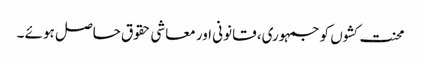
محنت کشوں کو جمہوری، قانونی اور معاشی حقوق حاصل ہوئے ۔